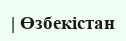
| Өзбекістан